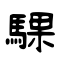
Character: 騍